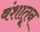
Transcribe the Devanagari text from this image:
वंशातून